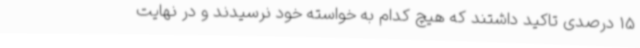
15 درصدی تاکید داشتند که هیچ کدام به خواسته خود نرسیدند و در نهایت